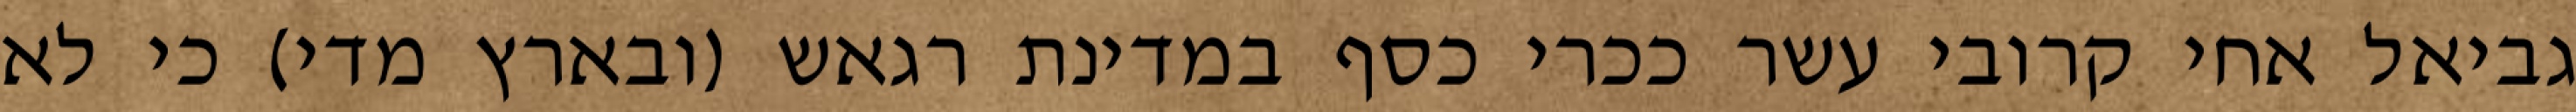
גביאל אחי קרובי עשר ככרי כסף במדינת רגאש (ובארץ מדי) כי לא